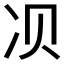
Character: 𱐀